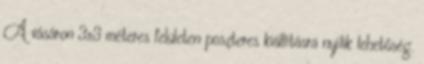
A vásáron 3x3 méteres felületen poszteres kiállításra nyílik lehetőség.